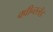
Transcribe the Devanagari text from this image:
क्वीन्स्लँड